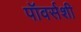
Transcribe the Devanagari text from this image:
पॉवर्सशी